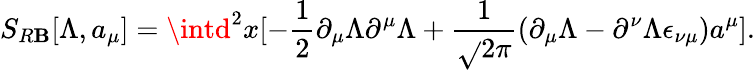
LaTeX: S_{R\mathbf{B}}[\Lambda,a_{\mu}]=\intd^{2}x[-\frac{{1}}{{2}}\partial_{\mu}\Lambda\partial^{\mu}\Lambda+\frac{{1}}{{\sqrt{}{{2\pi}}}}(\partial_{\mu}\Lambda-\partial^{\nu}\Lambda\epsilon_{\nu\mu})a^{\mu}].